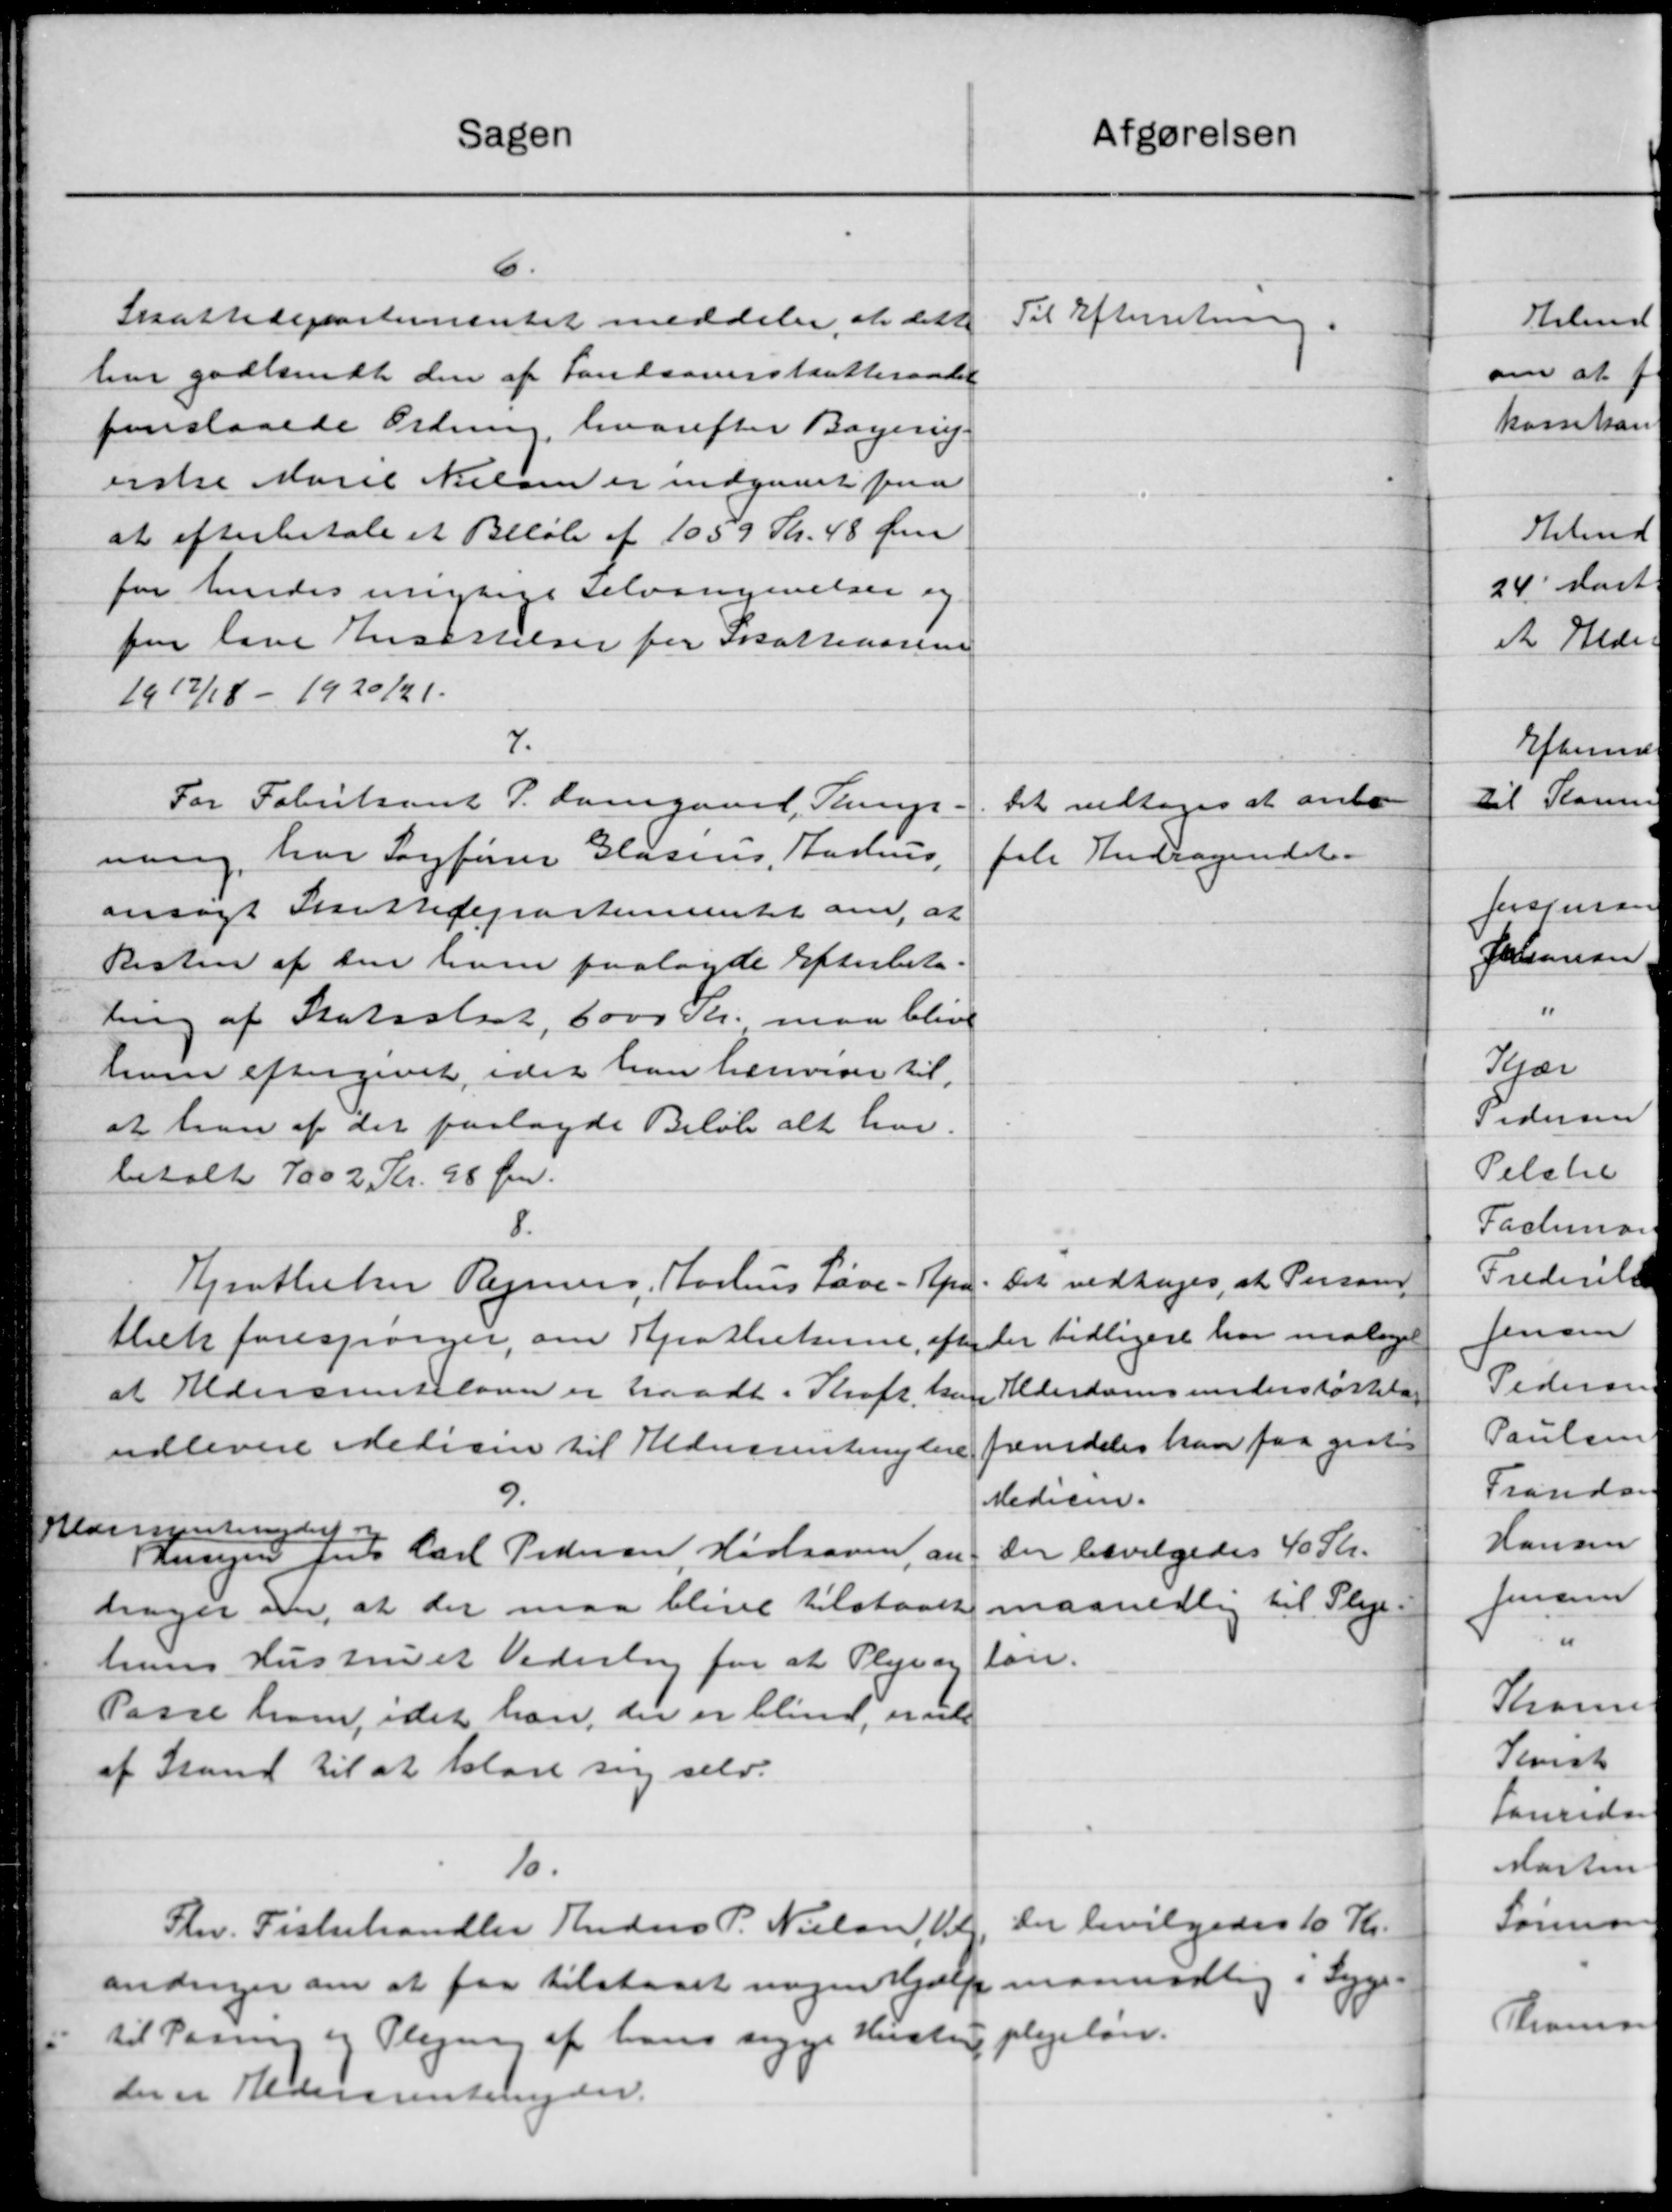
Transskription:
Afgørelsen
Sagen
6.
Skattedepartementet meddeler at dette
Til Efterretning.
har godkendt den af Landsoverskatteraadet
foreslaaede Ordning, hvorefter Bagerup.
erste Marie Nielsen er indgaaet paa
at efterbetale et Beløb af 1059 Kr. 48 Øre
for hendes urigtige selvangivelser og
for lave Ansættelser for Skatteaarene
1917/18 - 1920/21.
7.
For Fabrikant P. Laregaard, Pamp-
Det vedtoges at anbe
ning, har Sagfører Glasens, Aarhus,
fale Andragendet.
ansøgt Sluttedepartementet om, at
Resten af den ham paalagde Efterbeta-
ling af Statsstsat, 6000 Kr. maa blive
ham eftergivet, idet han henvise til
at han af det paalagde Beløb alt har.
betalt 7002 Kr. 28 Øre.
8.
Det vedtoges, at Personer
Gjenthiks Regning, Karles Løve - Apen
Der tidligere har malaget
thek forespørger, om Apothekerne, efter
Alderdomsunderstøttelse
at Aldersrenteloven er traadt i Kraft, han
fremdeles kan faa give
udlevere Medicin til Udvsrentenydere
9.
Medicin.
Klansynsunder og
Der bevilgedes 40 Kr.
Tausen Jens Carl Pedersen, Hørhaven, an
maanedlig til Pleje
drager om, at der maa blive tilstaaet
hans Hustru et Vederlag for at Pleje og
lån.
Passe ham, idet han, der er bliver, unde
af Stand til at klare sig selv.
10.
Der bevilgedes 10 Kr.
Fhv. Fiskehandler Anders P. Nielsen, Ul
andrager om at faa tilstaaet nogen Hjælp maanedlig i Syge-
til Passen og Plejen af hans sygge Hustruplejeløn.
der er Aldersrentenyder.